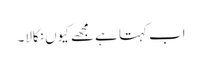
اب کہتا ہے مجھے کیوں نکالا۔